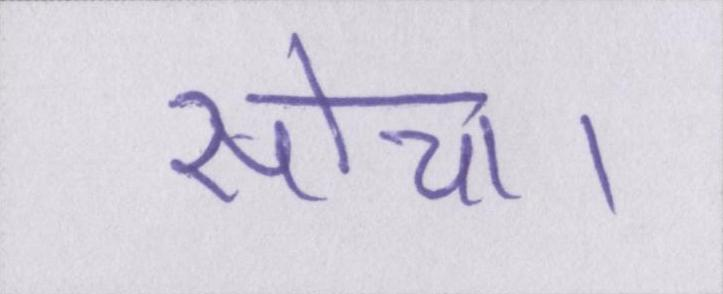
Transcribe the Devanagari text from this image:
सोचा।